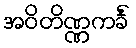
အဝိတိဏ္ဏကင်္ခံ